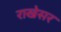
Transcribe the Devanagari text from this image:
राखेसर